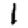
Digit: 1